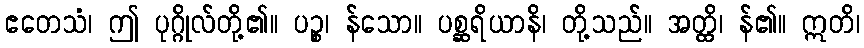
ဧတေသံ၊ ဤ ပုဂ္ဂိုလ်တို့၏။ ပဉ္စ၊ န်သော။ ပစ္ဆရိယာနိ၊ တို့သည်။ အတ္ထိ၊ န်၏။ ဣတိ၊